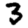
Digit: 3